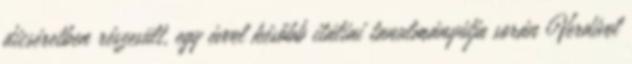
dicséretben részesült, egy évvel később itáliai tanulmányútja során Verdivel